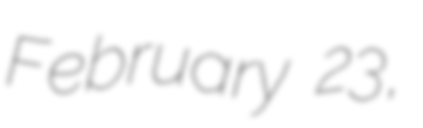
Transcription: February 23,